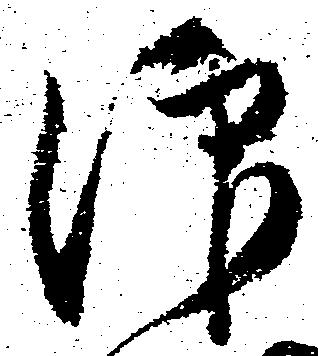
仰